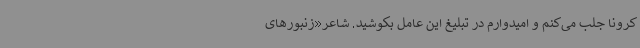
کرونا جلب می‌کنم و امیدوارم در تبلیغ این عامل بکوشید. شاعر«زنبورهای